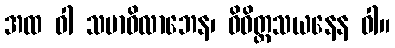
အထ ဝါ သမာဓိလာဘေန၊ ဝိဝိတ္တသယနေန ဝါ။